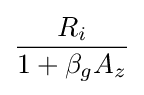
{\frac {R_{i}}{1+\beta _{g}A_{z}}}